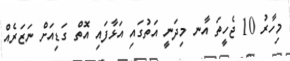
މިހާރު 10 ޖެހީތަ އާނ މިދަނީ އަތުގައި އަޅާފައި އޮތް ގަޑިއަށް ނަޒަރެއް